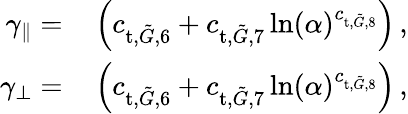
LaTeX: \begin{array}{rl}{\gamma_{\parallel}=}&{{}\left(c_{\textup{t},\tilde{G},6}+c_{\textup{t},\tilde{G},7}\ln(\alpha)^{c_{\textup{t},\tilde{G},8}}\right)\, ,}\\ {\gamma_{\perp}=}&{{}\left(c_{\textup{t},\tilde{G},6}+c_{\textup{t},\tilde{G},7}\ln(\alpha)^{c_{\textup{t},\tilde{G},8}}\right)\, ,}\end{array}